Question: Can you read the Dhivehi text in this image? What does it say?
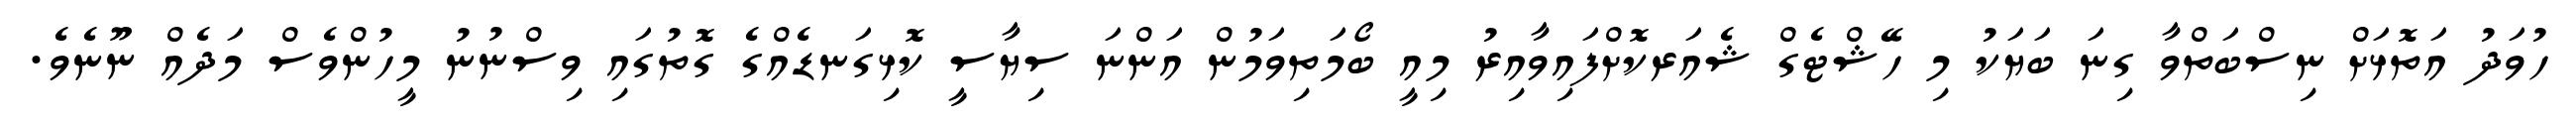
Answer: ހުވަދު އަތޮޅަށް ނިސްބަތްވާ ގިނަ ބަޔަކު މި ހޭޝްޓެގް ޝެއަރކޮށްފައިވާއިރު މިއީ ބޯމަތިވަމުން އަންނަ ސިޔާސީ ކޮޅިގަނޑެއްގެ ގޮތުގައި ވިސްނުނު މީހުންވެސް މަދެއް ނޫނެވެ.